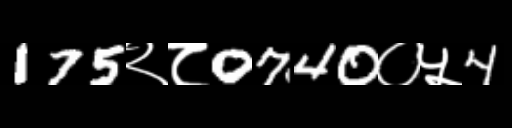
Text: 175२८0740०५4